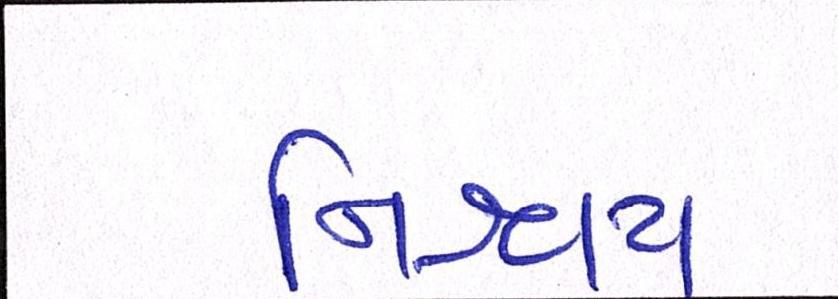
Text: નિશ્ચય